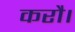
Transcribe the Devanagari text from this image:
करौ।